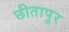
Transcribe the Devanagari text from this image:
छीतापुर